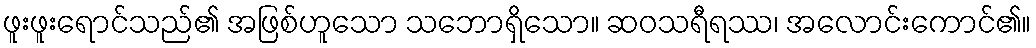
ဖူးဖူးရောင်သည်၏ အဖြစ်ဟူသော သဘောရှိသော။ ဆဝသရီရဿ၊ အလောင်းကောင်၏။